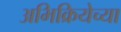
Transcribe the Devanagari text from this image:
अभिक्रियेच्या